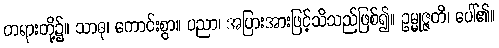
တရားတို့၌။ သာဓု၊ ကောင်းစွာ။ ပညာ၊ အပြားအားဖြင့်သိသည်ဖြစ်၍။ ဥမ္မုဇ္ဇတိ၊ ပေါ်၏။